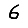
Digit: 6